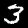
Label: 3